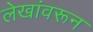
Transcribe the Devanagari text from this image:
लेखांवरून